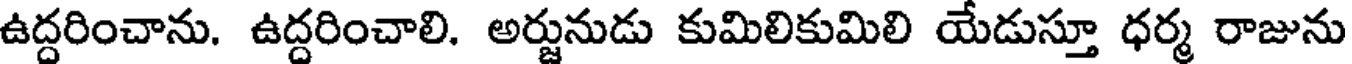
ఉద్దరించాను. ఉద్దరించాలి. అర్జునుడు కుమిలికుమిలి యేడుస్తూ ధర్మ రాజును